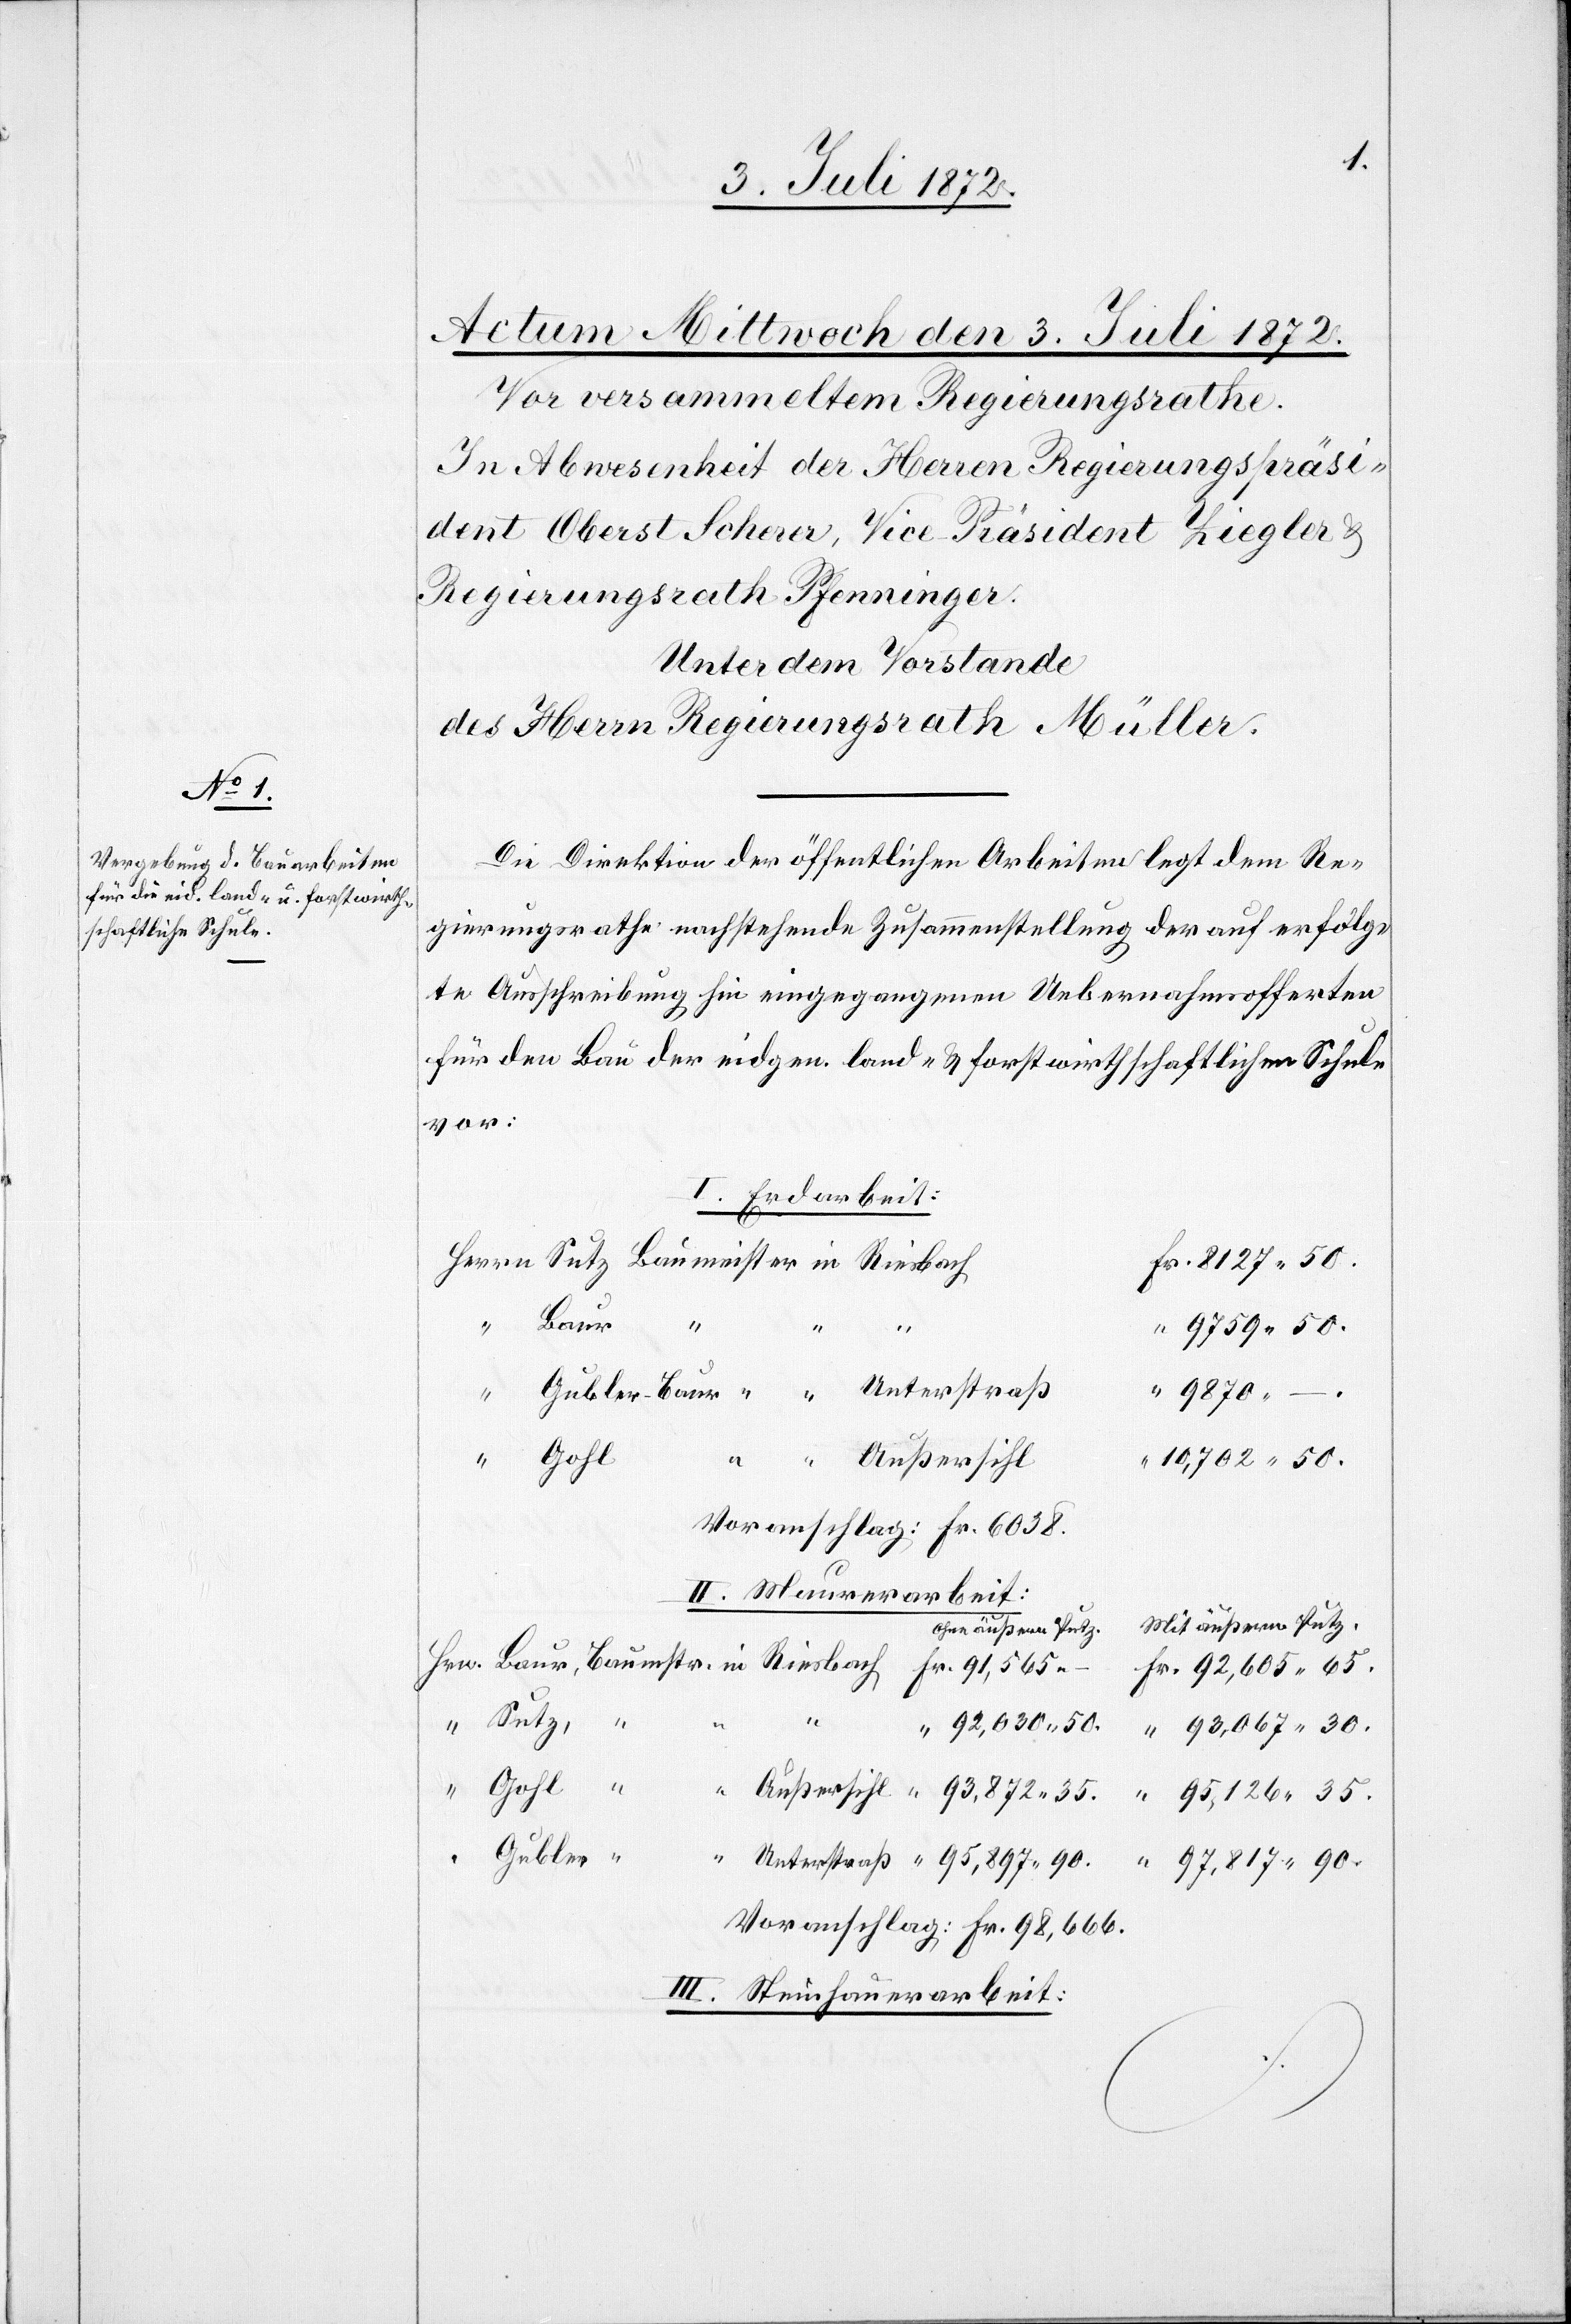
Die Direktion der öffentlichen Arbeiten legt dem Re¬
gierungsrathe nachstehende Zusammenstellung der auf erfolg¬
te Ausschreibung hin eingegangenen Uebernahmsofferten
für den Bau der eidgen. land- u. forstwirthschaftlichen Schule
vor:
I. Erdarbeit:
50.
“
Baumstr.
“
9759 50.
Unterstraß
Gubler-Baur
35.
10,702 50.
Voranschlag: Fr. 6038.
II. Maurerarbeit:
Mit äußerm Putz.
Ohne äußern Putz
90.
92,030 50.
93,067 30.
Gohl
95,126 35.
Gubler
97,817 90.
Voranschlag: Fr. 98,666.
III. Steinhauerarbeit: